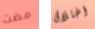
مضت اختلاق